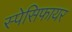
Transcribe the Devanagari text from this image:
स्पेसिफायर